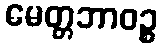
မေတ္တဘာဝဉ္စ